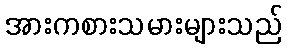
အားကစားသမားများသည်